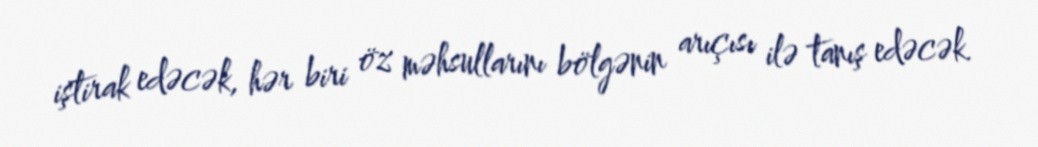
iştirak edəcək, hər biri öz məhsullarını bölgənin arıçısı ilə tanış edəcək.